65_HS1-834228961_62-HQ-83894_Section_3
Agency: FBI
Page 103
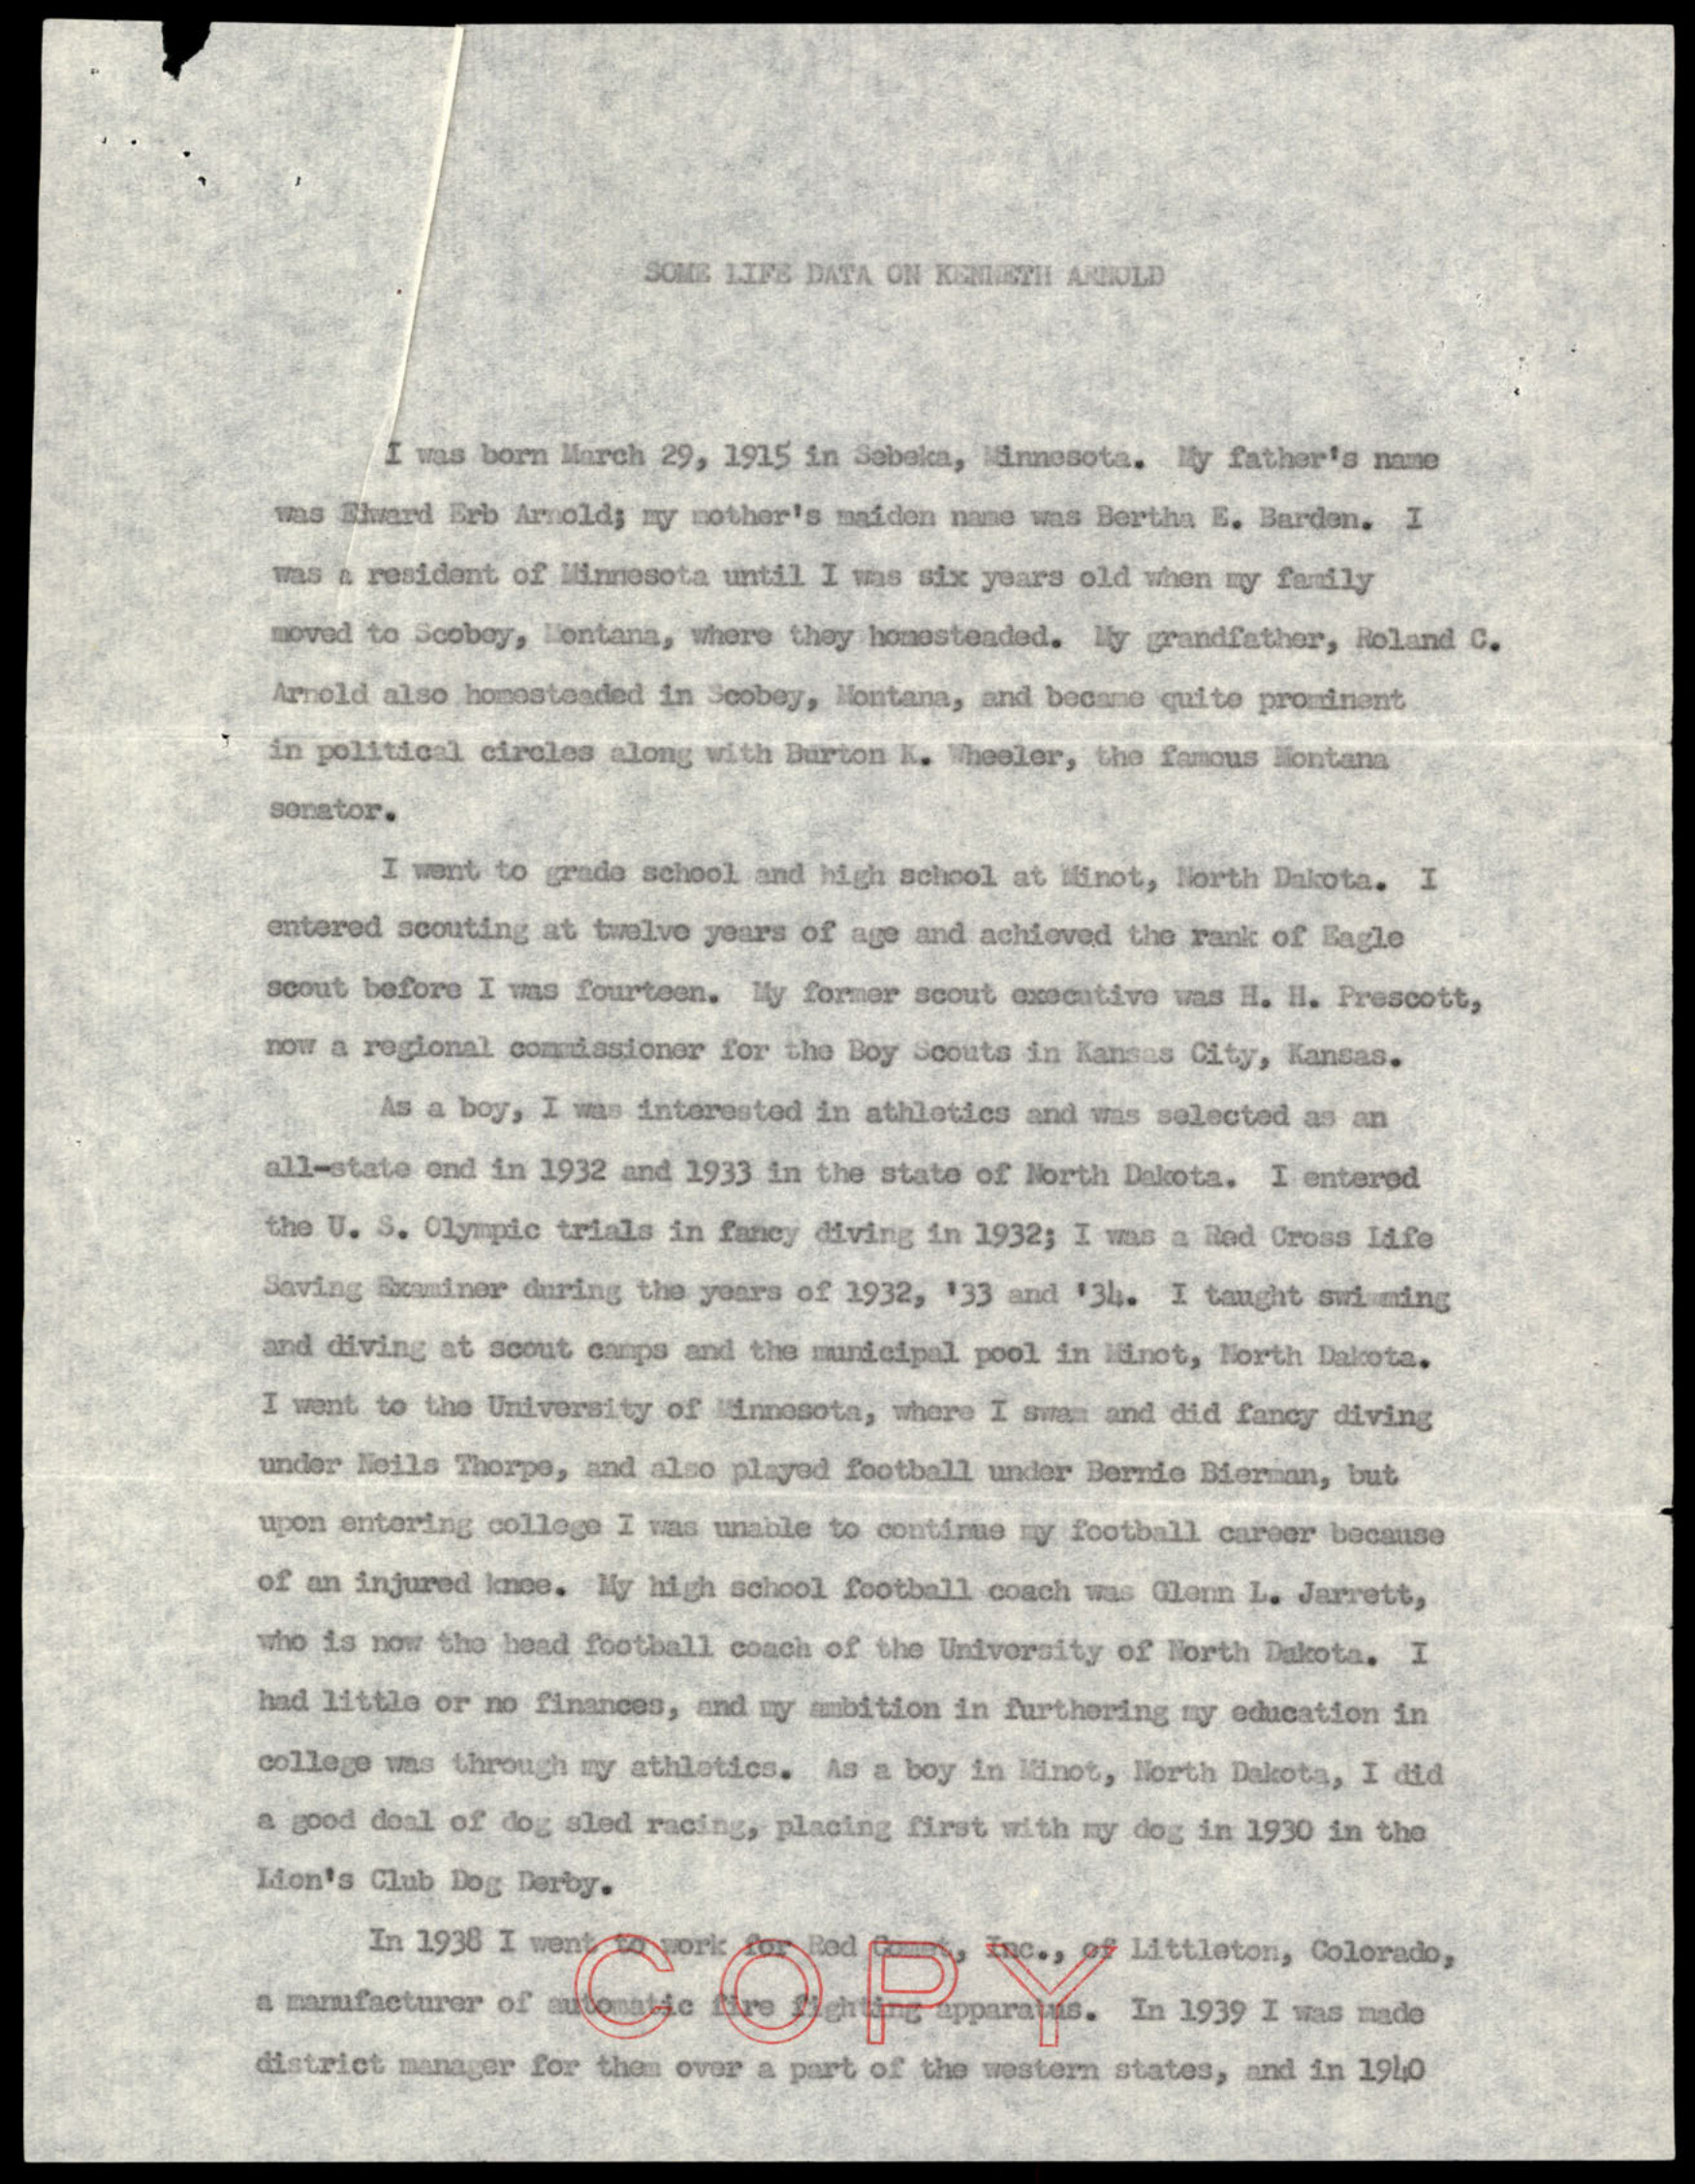